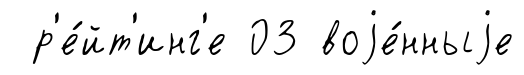
р'е́йт'инг'е 03 воjе́нныjе